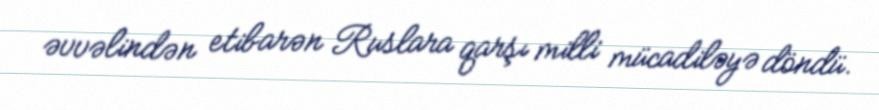
əvvəlindən etibarən Ruslara qarşı milli mücadiləyə döndü.